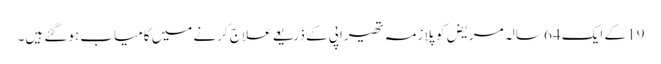
19 کے ایک 64 سالہ مریض کو پلازمہ تھیراپی کے ذریعے علاج کرنے میں کامیاب ہوگئے ہیں۔